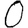
Digit: 0